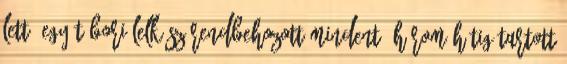
lett. Egy tábori lelkész rendbehozott mindent. Három hétig tartott